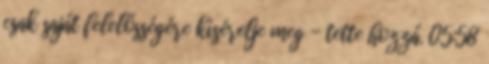
csak saját felelősségére kísérelje meg - tette hozzá. 05:58